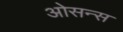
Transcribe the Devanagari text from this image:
ओसन्स